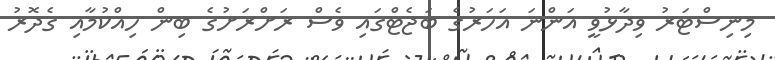
މިނިސްޓަރު ވިދާޅުވީ އަންނަ އަހަރުގެ ބަޖެޓްގައި ވެސް ރަށްރަށުގެ ބިން ހިއްކުމާއި ގެދޮރު